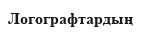
Логографтардың